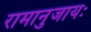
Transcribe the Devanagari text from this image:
रामानुजायः